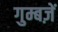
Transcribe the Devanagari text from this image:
गुम्बज़ें